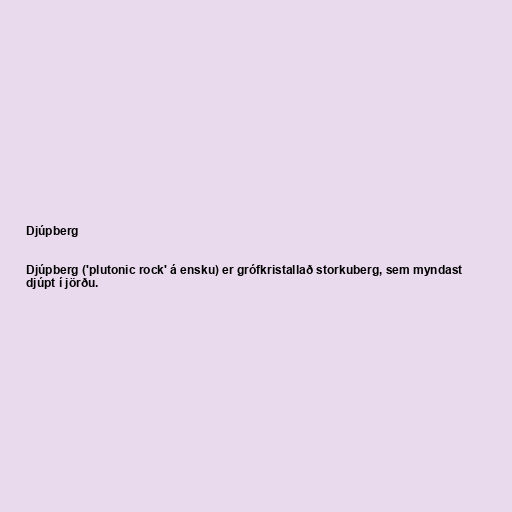
Djúpberg

Djúpberg ('plutonic rock' á ensku) er grófkristallað storkuberg, sem myndast
djúpt í jörðu.